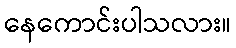
နေကောင်းပါသလား။